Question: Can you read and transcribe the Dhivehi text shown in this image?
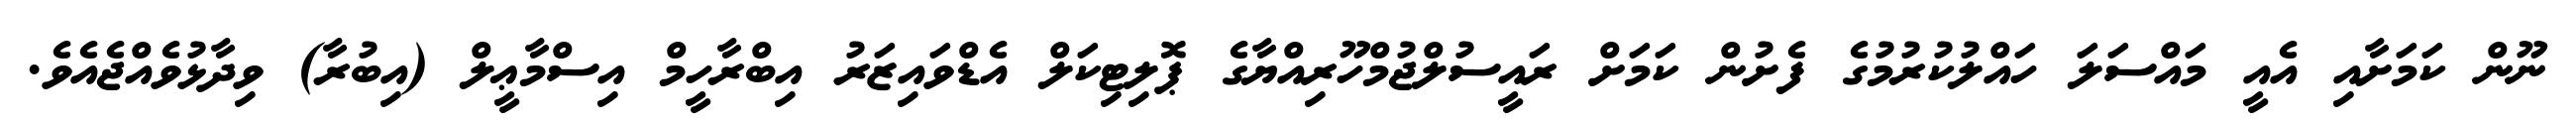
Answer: ނޫން ކަމަށާއި އެއީ މައްސަލަ ހައްލުކުރުމުގެ ފެށުން ކަމަށް ރައީސުލްޖުމްހޫރިއްޔާގެ ޕޮލިޓިކަލް އެޑްވައިޒަރު އިބްރާހީމް އިސްމާޢީލް (އިބުރާ) ވިދާޅުވެއްޖެއެވެ.